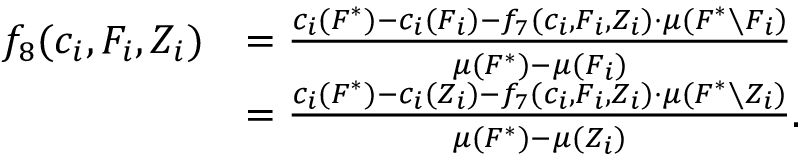
\begin{array} { r l } { f _ { 8 } ( c _ { i } , F _ { i } , Z _ { i } ) } & { = \frac { c _ { i } ( F ^ { * } ) - c _ { i } ( F _ { i } ) - f _ { 7 } ( c _ { i } , F _ { i } , Z _ { i } ) \cdot \mu ( F ^ { * } \setminus F _ { i } ) } { \mu ( F ^ { * } ) - \mu ( F _ { i } ) } } \\ { } & { = \frac { c _ { i } ( F ^ { * } ) - c _ { i } ( Z _ { i } ) - f _ { 7 } ( c _ { i } , F _ { i } , Z _ { i } ) \cdot \mu ( F ^ { * } \setminus Z _ { i } ) } { \mu ( F ^ { * } ) - \mu ( Z _ { i } ) } . } \end{array}